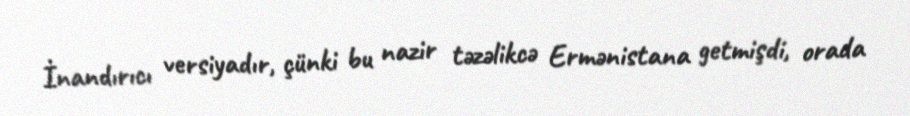
İnandırıcı versiyadır, çünki bu nazir təzəlikcə Ermənistana getmişdi, orada